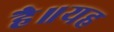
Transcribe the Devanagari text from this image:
है॥यह